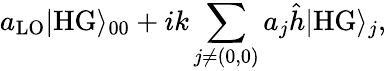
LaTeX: a_{\mathrm{LO}}|\mathrm{HG}\rangle_{00}+ik\sum_{j\neq(0,0)}a_{j}\hat{h}|\mathrm{HG}\rangle_{j},